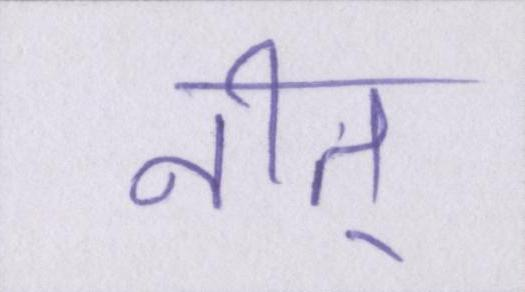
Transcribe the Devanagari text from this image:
नीतू